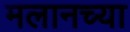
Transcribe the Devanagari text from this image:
मलानच्या